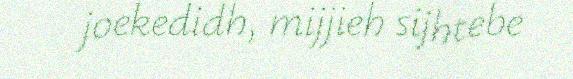
joekedidh, mijjieh sijhtebe